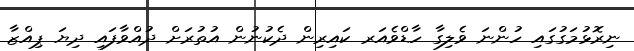
ނިރޮޅުމަގުގައި ހުންނަ ވެލިގާ ހާޑްވެއަރ ކައިރިން ދެކުނުން އުތުރަށް ދުއްވާފައި ދިޔަ ޕިއްޒާ